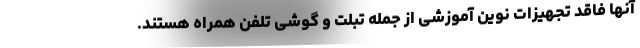
آنها فاقد تجهیزات نوین آموزشی از جمله تبلت و گوشی تلفن همراه هستند.